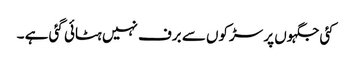
کئی جگہوں پر سڑکوں سے برف نہیں ہٹائی گئی ہے ۔